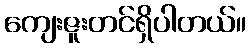
ကျေးဇူးတင်ရှိပါတယ်။